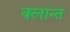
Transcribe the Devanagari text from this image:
क्लान्त